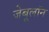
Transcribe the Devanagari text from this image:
जेबूलॉन